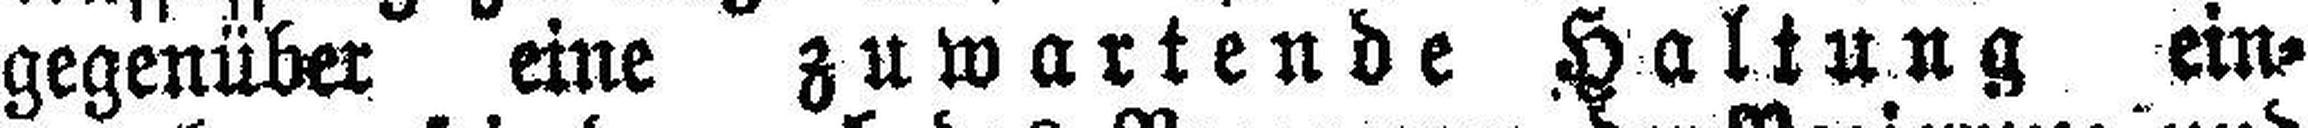
gegenüber eine zuwartende Haltung ein¬